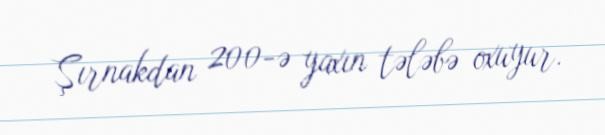
Şırnakdan 200-ə yaxın tələbə oxuyur.